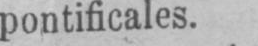
pontificales.